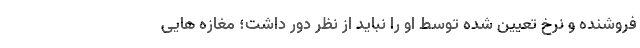
فروشنده و نرخ تعیین شده توسط او را نباید از نظر دور داشت؛ مغازه هایی